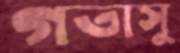
গতাসু